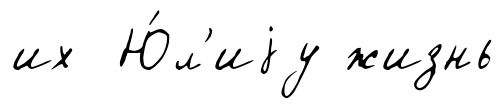
их Ю́л'иjу жизнь